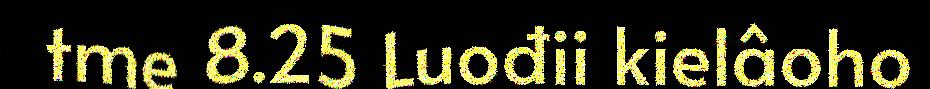
tme 8.25 Luođii kielâoho